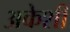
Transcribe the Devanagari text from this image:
अकेशी